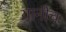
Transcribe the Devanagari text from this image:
यानीच